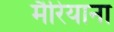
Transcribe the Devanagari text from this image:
मैरियाना